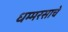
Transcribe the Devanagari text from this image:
धम्मरसाचे